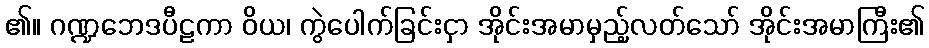
၏။ ဂဏ္ဍဘေဒပီဠကာ ဝိယ၊ ကွဲပေါက်ခြင်းငှာ အိုင်းအမာမှည့်လတ်သော် အိုင်းအမာကြီး၏